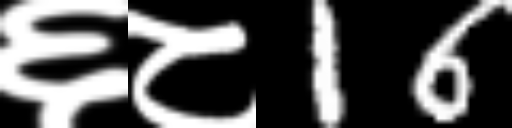
Text: ६८16